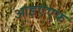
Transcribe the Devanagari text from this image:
आइएएफ